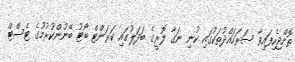
ތޮށްޖެހިފައިވާ ސަރަހައްދުތަކުގައި ކުނި ނަގާ ލޮރީގެ ބަދަލުގައި ކަރަންޓް ބޯޓު ބޭނުންކުރުމުގެ ޓެސްޓް